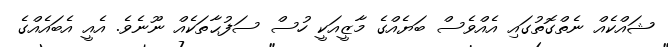
ޝައްކެއް ނެތްގޮތުގައި އެއްވެސް ބަޔެއްގެ މާޒީއަކީ ހުސް ސަފުޙާތަކެއް ނޫނެވެ. އެއީ އެބައެއްގެ